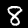
Digit: 8